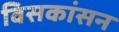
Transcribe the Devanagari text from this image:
विसकांसन